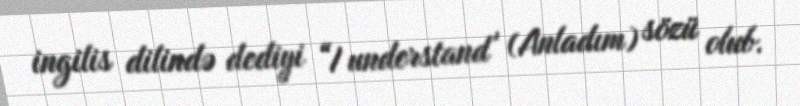
ingilis dilində dediyi “I understand' (Anladım) sözü olub.